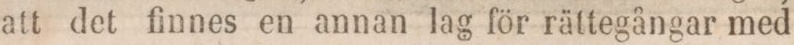
att det finnes en annan lag för rättgångar med